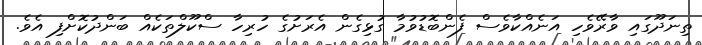
ތިނަދޫގައި ވާރޭވެހި އަނެއްކާވެސް ފެންބޮޑުވުމާ ގުޅިގެން އެރަށުގެ ހުރިހާ ސްކޫލްތަކެއް ބަންދުކޮށްފި އެވެ.